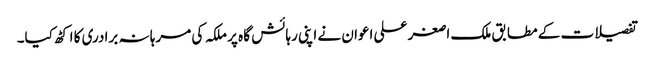
تفصیلات کے مطابق ملک ا صغر علی اعوان نے اپنی رہائش گا ہ پر ملکہ کی مرہا نہ برادری کا اکٹھ کیا۔